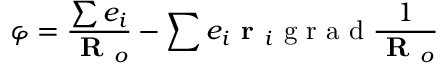
\varphi = \frac { \sum e _ { i } } { \textbf { R } _ { o } } - \sum e _ { i } \textbf { r } _ { i } \textrm { g r a d } \frac { 1 } { \textbf { R } _ { o } }